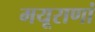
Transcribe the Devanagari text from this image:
मयूराणां